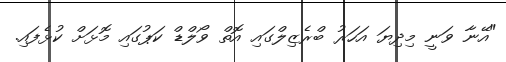
"އޭނާ ވަނީ މިދިޔަ އަހަރު ބްރެޒިލްގައި އޮތް ވޯލްޑް ކަޕުގައި މޮޅަށް ކުޅެފައި.